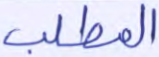
المطلب